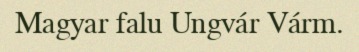
Magyar falu Ungvár Várm.